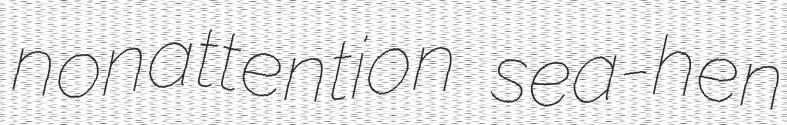
nonattention sea-hen